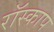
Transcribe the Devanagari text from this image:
रॉस्काप